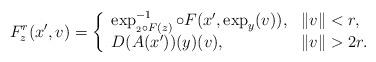
LaTeX: \begin{align*} F^{r}_z(x',v)= \left \{ \begin{array}{ll} \exp_{_2\circ F(z)}^{-1} \circ F(x',\exp_y(v)), & \|v\|<r,\\ D( A(x') ) (y) (v), & \|v\|>2r. \end{array} \right. \end{align*}